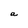
Character: a